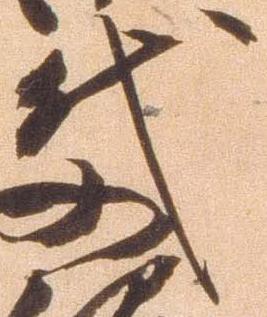
代